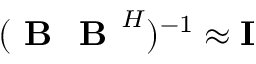
( \textbf { B } \textbf { B } ^ { H } ) ^ { - 1 } \approx \mathbf { I }